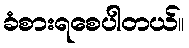
ခံစားရစေပါတယ်။